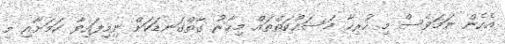
އެހެން ނަމަވެސް މި ހުރިހާ މަސައްކަތްތައް މިހާރު ގާތްގަނޑަކަށް ނިމިފައިވާ ކަމަށާއި މި